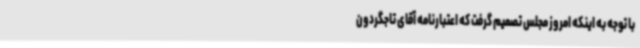
با توجه به اینکه امروز مجلس تصمیم گرفت که اعتبارنامه آقای تاجگردون